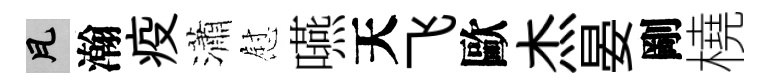
瓦瀚疫瀟慰嚥天飞歐杰晏剛橈